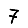
Digit: 7